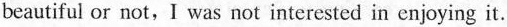
beautiful or not,I was not interested in enjoying it.